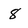
Character: 8